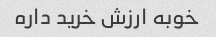
خوبه ارزش خرید داره